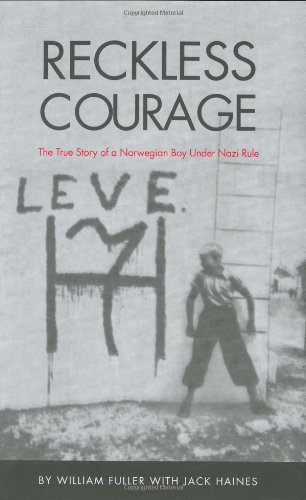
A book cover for Reckless Courage: The True Story Of A Norwegian Boy Under Nazi Rule; William F. Fuller; Biographies & Memoirs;